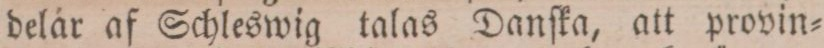
delar af Schleswig talas Danſka, att provin=